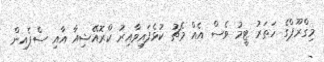
މިގްރޫޕްގެ ހަތަރު ޓީމު ވެސް އެއް މެޗު ކުޅެފައިވާއިރު ކްރޮއޭޝިއާ އާއި ސްޕެއިން